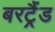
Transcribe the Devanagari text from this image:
बरट्रैंड